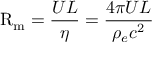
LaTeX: \mathrm { R } _ { \mathrm { m } } = { \frac { U L } { \eta } } = { \frac { 4 \pi U L } { \rho _ { e } c ^ { 2 } } }